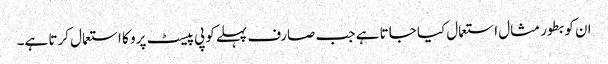
ان کو بطور مثال استعمال کیا جاتا ہے جب صارف پہلے کوپی پیسٹ پرو کا استعمال کرتا ہے۔